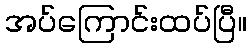
အပ်ကြောင်းထပ်ပြီ။